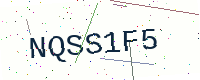
Text: NQSS1F5